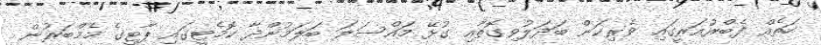
ހަތެއް ފެބްރުއަރީގައި ވެރިކަން ބަދަލުވިގޮތާއި ގުޅޭ މައްސަލަ ބަލަމުންދާ ކޮމެޓީގައި ޕާޓީގެ މެމްބަރުން